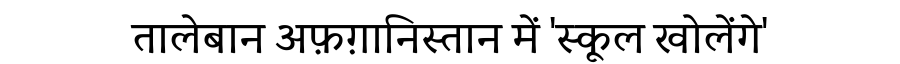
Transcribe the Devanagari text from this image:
तालेबान अफ़ग़ानिस्तान में 'स्कूल खोलेंगे'